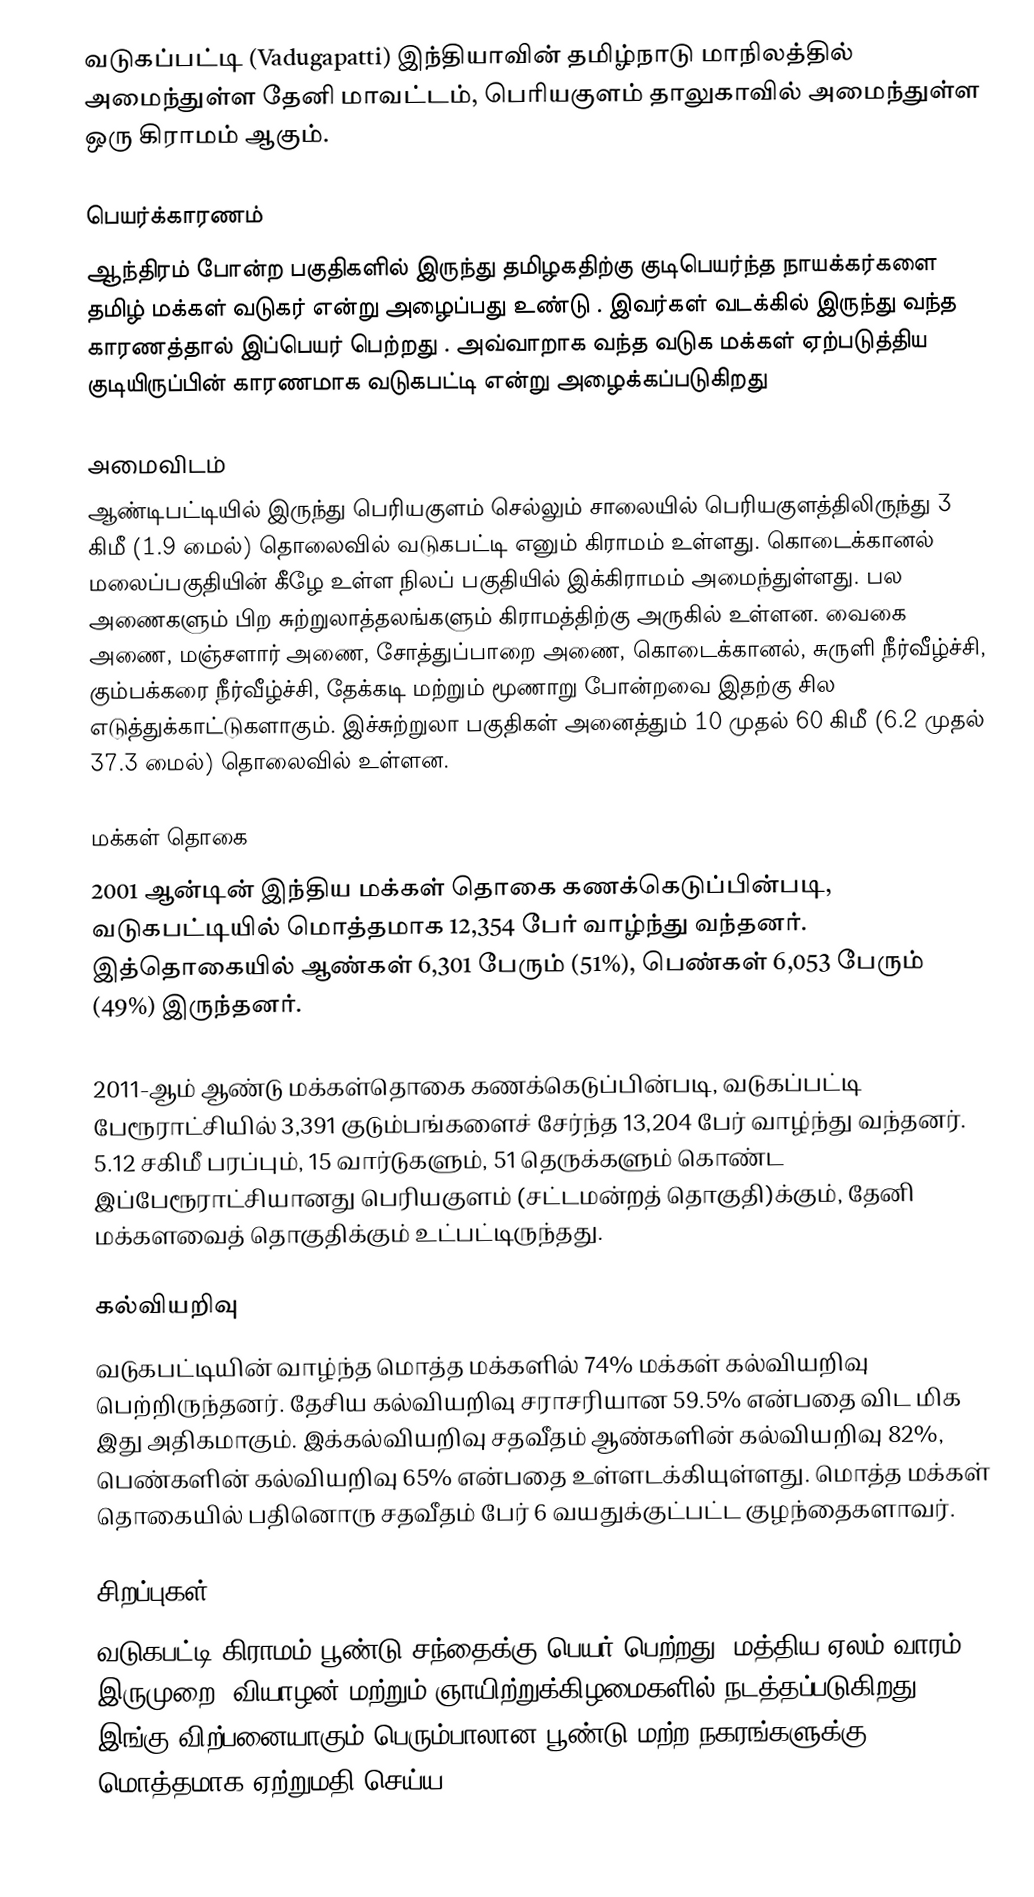
வடுகப்பட்டி (Vadugapatti) இந்தியாவின் தமிழ்நாடு மாநிலத்தில் அமைந்துள்ள தேனி மாவட்டம், பெரியகுளம் தாலுகாவில் அமைந்துள்ள ஒரு கிராமம் ஆகும்.

பெயர்க்காரணம்
ஆந்திரம்  போன்ற பகுதிகளில் இருந்து தமிழகதிற்கு குடிபெயர்ந்த நாயக்கர்களை தமிழ் மக்கள் வடுகர்  என்று அழைப்பது உண்டு . இவர்கள் வடக்கில் இருந்து வந்த காரணத்தால் இப்பெயர் பெற்றது . அவ்வாறாக வந்த வடுக மக்கள் ஏற்படுத்திய குடியிருப்பின் காரணமாக வடுகபட்டி  என்று அழைக்கப்படுகிறது

அமைவிடம்
ஆண்டிபட்டியில் இருந்து பெரியகுளம் செல்லும் சாலையில் பெரியகுளத்திலிருந்து 3 கிமீ (1.9 மைல்) தொலைவில் வடுகபட்டி எனும் கிராமம் உள்ளது. கொடைக்கானல் மலைப்பகுதியின் கீழே உள்ள நிலப் பகுதியில் இக்கிராமம் அமைந்துள்ளது. பல அணைகளும் பிற சுற்றுலாத்தலங்களும் கிராமத்திற்கு அருகில் உள்ளன. வைகை அணை, மஞ்சளார் அணை, சோத்துப்பாறை அணை, கொடைக்கானல், சுருளி நீர்வீழ்ச்சி, கும்பக்கரை நீர்வீழ்ச்சி, தேக்கடி மற்றும் மூணாறு போன்றவை இதற்கு சில எடுத்துக்காட்டுகளாகும். இச்சுற்றுலா பகுதிகள் அனைத்தும் 10 முதல் 60 கிமீ (6.2 முதல் 37.3 மைல்) தொலைவில் உள்ளன.

மக்கள் தொகை
2001 ஆன்டின் இந்திய மக்கள் தொகை கணக்கெடுப்பின்படி, வடுகபட்டியில் மொத்தமாக 12,354 பேர் வாழ்ந்து வந்தனர். இத்தொகையில் ஆண்கள் 6,301 பேரும் (51%), பெண்கள் 6,053 பேரும் (49%) இருந்தனர்.

2011-ஆம் ஆண்டு மக்கள்தொகை கணக்கெடுப்பின்படி, வடுகப்பட்டி பேரூராட்சியில் 3,391 குடும்பங்களைச் சேர்ந்த   13,204 பேர் வாழ்ந்து வந்தனர். 5.12 சகிமீ பரப்பும்,   15  வார்டுகளும், 51 தெருக்களும் கொண்ட இப்பேரூராட்சியானது பெரியகுளம் (சட்டமன்றத் தொகுதி)க்கும், தேனி மக்களவைத் தொகுதிக்கும் உட்பட்டிருந்தது.

கல்வியறிவு
வடுகபட்டியின் வாழ்ந்த மொத்த மக்களில் 74% மக்கள் கல்வியறிவு பெற்றிருந்தனர். தேசிய கல்வியறிவு சராசரியான 59.5% என்பதை விட மிக இது அதிகமாகும்.  இக்கல்வியறிவு சதவீதம் ஆண்களின் கல்வியறிவு 82%, பெண்களின் கல்வியறிவு 65% என்பதை உள்ளடக்கியுள்ளது. மொத்த மக்கள் தொகையில் பதினொரு சதவீதம் பேர் 6 வயதுக்குட்பட்ட குழந்தைகளாவர்.

சிறப்புகள்
வடுகபட்டி கிராமம் பூண்டு சந்தைக்கு பெயர் பெற்றது. மத்திய ஏலம் வாரம் இருமுறை, வியாழன் மற்றும் ஞாயிற்றுக்கிழமைகளில் நடத்தப்படுகிறது. இங்கு விற்பனையாகும் பெரும்பாலான பூண்டு மற்ற நகரங்களுக்கு மொத்தமாக ஏற்றுமதி செய்ய